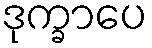
ဒုက္ခာပေ